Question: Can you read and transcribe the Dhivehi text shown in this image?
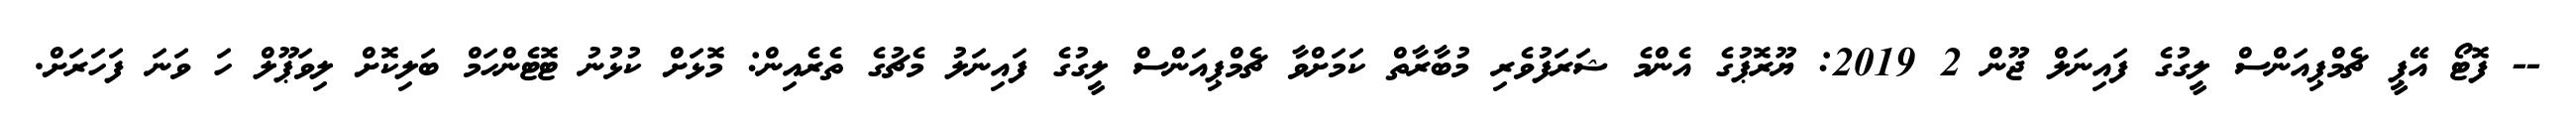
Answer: -- ފޮޓޯ އޭޕީ ޗެމްޕިއަންސް ލީގުގެ ފައިނަލް ޖޫން 2 2019: ޔޫރޮޕުގެ އެންމެ ޝަރަފުވެރި މުބާރާތް ކަމަށްވާ ޗެމްޕިއަންސް ލީގުގެ ފައިނަލު މެޗުގެ ތެރެއިން: މޮޅަށް ކުޅުނު ޓޮޓެންހަމް ބަލިކޮށް ލިވަޕޫލް ހަ ވަނަ ފަހަރަށް.